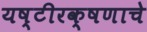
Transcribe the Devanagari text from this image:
यष्टीरक्षणाचे